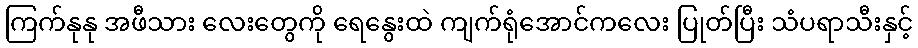
ကြက်နုနု အဖီသား လေးတွေကို ရေနွေးထဲ ကျက်ရုံအောင်ကလေး ပြုတ်ပြီး သံပရာသီးနှင့်